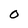
Character: 0